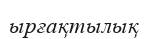
ырғақтылық